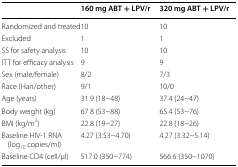
|  | 160 mg ABT + LPV/r | 320 mg ABT + LPV/r |
 | --- | --- | --- |
 | Randomized and treated | 10 | 10 |
 | Excluded | 1 | 1 |
 | SS for safety analysis | 10 | 10 |
 | ITT for efficacy analysis | 9 | 9 |
 | Sex (male/female) | 8/2 | 7/3 |
 | Race (Han/other) | 9/1 | 10/0 |
 | Age (years) | 31.9 (18~48) | 37.4 (24~47) |
 | Body weight (kg) | 67.8 (53~88) | 65.4 (53~76) |
 | BMI (kg/m2) | 22.8 (19~27) | 22.8 (18~26) |
 | Baseline HIV-1 RNA (log10 copies/ml) | 4.27 (3.53~4.70) | 4.27 (3.32~5.14) |
 | Baseline CD4 (cell/μl) | 517.0 (350~774) | 566.6 (350~1070) |